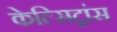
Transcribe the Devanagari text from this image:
केल्सिट्रांस